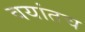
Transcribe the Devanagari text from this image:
वयांतच